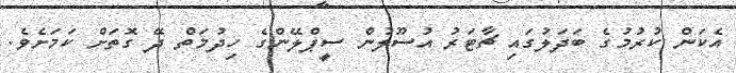
އެކަން ކުރުމުގެ ބަދަލުގައި ޗާޓަރު އުސޫލުން ސީޕްލޭންގެ ހިދުމަތް ދޭ ގޮތަށް ކަމަށެވެ.